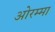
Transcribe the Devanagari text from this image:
ओरम्मा